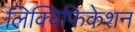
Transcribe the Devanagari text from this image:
लिक्विफिकेशन